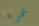
عمرها